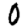
Digit: 0